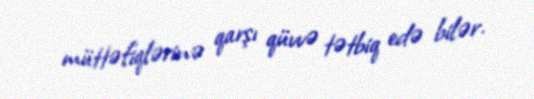
müttəfiqlərinə qarşı qüvvə tətbiq edə bilər.